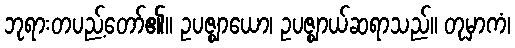
ဘုရားတပည့်တော်၏။ ဥပဇ္ဈာယော၊ ဥပဇ္ဈာယ်ဆရာသည်။ တုမှာကံ၊